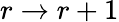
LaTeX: r\to r+1